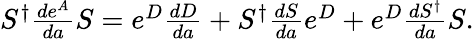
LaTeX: \begin{array}{r}{S^{\dagger}\frac{de^{A}}{da}S=e^{D}\frac{dD}{da}+S^{\dagger}\frac{dS}{da}e^{D}+e^{D}\frac{dS^{\dagger}}{da}S.}\end{array}